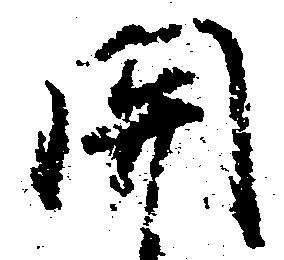
関